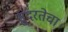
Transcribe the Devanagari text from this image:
सुंदरतेचा